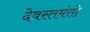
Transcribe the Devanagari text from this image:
देवस्तमंसो